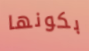
بكونها